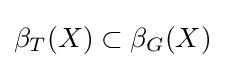
\beta _{T}(X)\subset \beta _{G}(X)